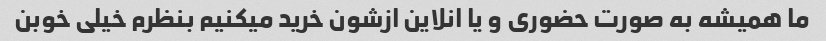
ما همیشه به صورت حضوری و یا انلاین ازشون خرید میکنیم بنظرم خیلی خوبن